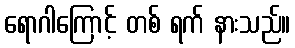
ရောဂါကြောင့် တစ် ရက် နားသည်။